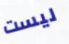
ليست